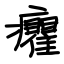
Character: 癯